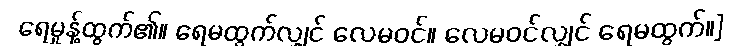
ရေမှုန့်ထွက်၏။ ရေမထွက်လျှင် လေမဝင်။ လေမဝင်လျှင် ရေမထွက်။]